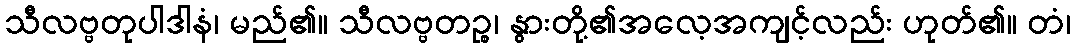
သီလဗ္ဗတုပါဒါနံ၊ မည်၏။ သီလဗ္ဗတဉ္စ၊ နွားတို့၏အလေ့အကျင့်လည်း ဟုတ်၏။ တံ၊